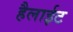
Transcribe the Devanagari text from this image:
हैलाईट